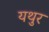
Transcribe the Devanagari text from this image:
यथुर